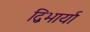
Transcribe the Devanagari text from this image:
द्विभार्या